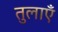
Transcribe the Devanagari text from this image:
तुलाएँ